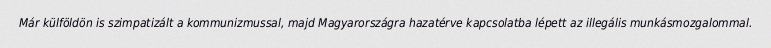
Már külföldön is szimpatizált a kommunizmussal, majd Magyarországra hazatérve kapcsolatba lépett az illegális munkásmozgalommal.